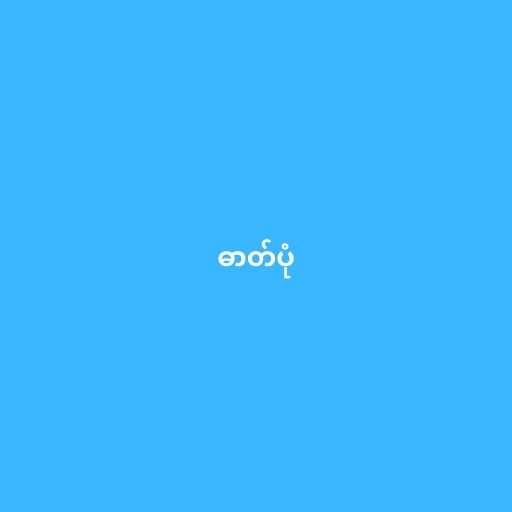
ဓာတ်ပုံ